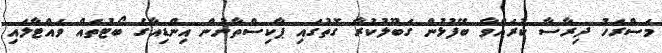
މަސްރަހު ދިރާސާ ކުރައްވާ ބޭފުޅުން ގަބޫލުކުރާ ގޮތުގައި ޕާކިސްތާނުން އިންޑިއާގެ ބޯޓުތައް ވައްޓާލައި